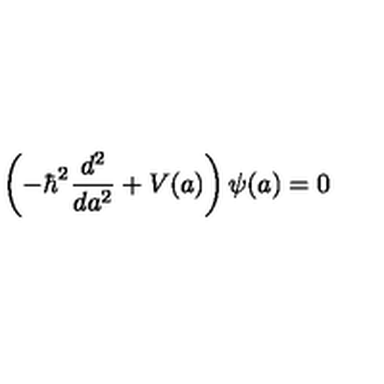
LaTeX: \left( - \hbar ^ { 2 } \frac { d ^ { 2 } } { d a ^ { 2 } } + V ( a ) \right) \psi ( a ) = 0